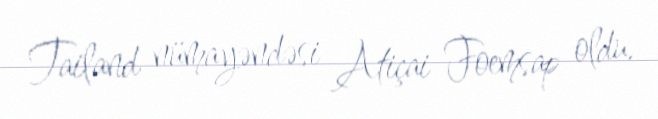
Tailand nümayəndəsi Atiçai Foemsap oldu.